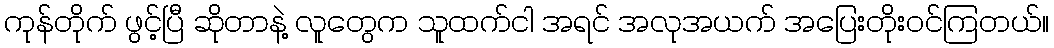
ကုန်တိုက် ဖွင့်ပြီ ဆိုတာနဲ့ လူတွေက သူထက်ငါ အရင် အလုအယက် အပြေးတိုးဝင်ကြတယ်။